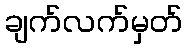
ချက်လက်မှတ်